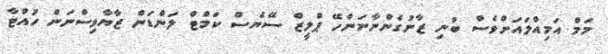
މަމް އަމިއްލައަށްވެސް ބުނި ޒާނުގެންނާނަންހޭ ޕްލީޒް ސޭޔެސް ކަމްޓް ލަންޑަން ޒާޔާވިސްނަން ހުއްޓާ